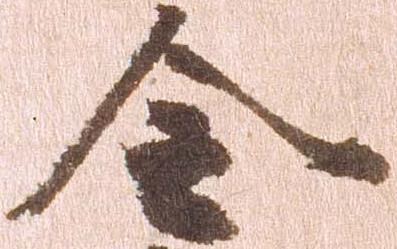
令